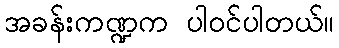
အခန်းကဏ္ဍက ပါဝင်ပါတယ်။